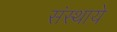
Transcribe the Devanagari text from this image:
संस्थाये